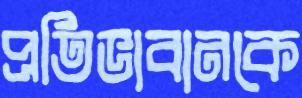
প্রতিভাবানকে